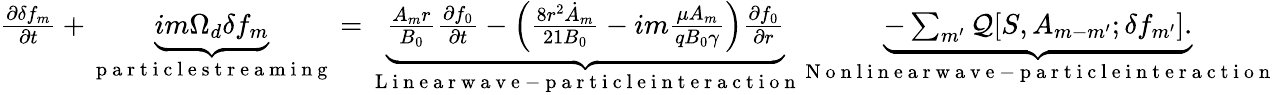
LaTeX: \begin{array}{r}{\frac{\partial\delta f_{m}}{\partial t}+\underbrace{im\Omega_{d}\delta f_{m}}_{\mathrm{~p~a~r~t~i~c~l~e~s~t~r~e~a~m~i~n~g~}}=\underbrace{\frac{A_{m}r}{B_{0}}\frac{\partial f_{0}}{\partial t}-\left(\frac{8r^{2}\dot{A}_{m}}{21B_{0}}-im\frac{\mu A_{m}}{qB_{0}\gamma}\right)\frac{\partial f_{0}}{\partial r}}_{\mathrm{~L~i~n~e~a~r~w~a~v~e~-~p~a~r~t~i~c~l~e~i~n~t~e~r~a~c~t~i~o~n~}}\underbrace{-\sum_{m^{\prime}}\mathcal{Q}[S,A_{m-m^{\prime}};\delta f_{m^{\prime}}].}_{\mathrm{~N~o~n~l~i~n~e~a~r~w~a~v~e~-~p~a~r~t~i~c~l~e~i~n~t~e~r~a~c~t~i~o~n~}}}\end{array}